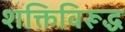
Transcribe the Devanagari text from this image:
शक्तिविरूद्ध